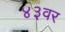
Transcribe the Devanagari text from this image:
४३वर